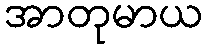
အာတုမာယ